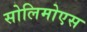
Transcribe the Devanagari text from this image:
सोलिमोएस